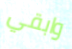
وابقي